Vaccination in Burma 1889-1999 - 1889-1999
Year: 1889
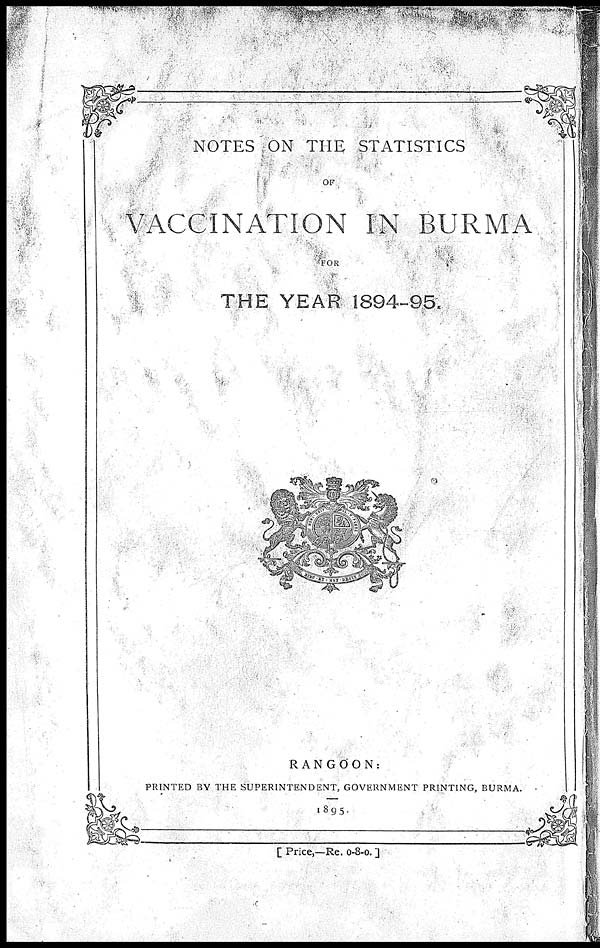
NOTES ON THE STATISTICS
OF
VACCINATION IN BURMA
FOR
THE YEAR 1894-95.
RANGOON:
PRINTED BY THE SUPERINTENDENT, GOVERNMENT PRINTING, BURMA.
1895.
[ Price,—Re. 0-8-0. ]